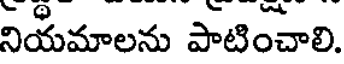
నియమాలను పాటించాలి.